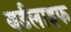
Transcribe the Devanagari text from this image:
बर्डलाइफ